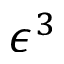
\epsilon ^ { 3 }